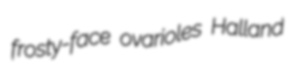
frosty-face ovarioles Halland